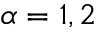
\alpha = 1 , 2